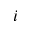
i